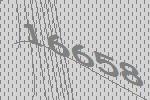
16658